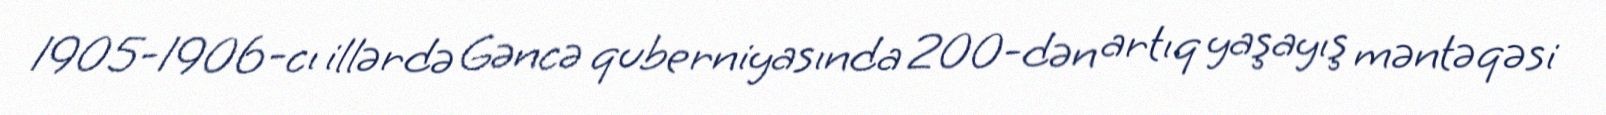
1905-1906-cı illərdə Gəncə quberniyasında 200-dən artıq yaşayış məntəqəsi